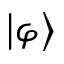
\left| \varphi \right\rangle